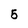
Character: 5